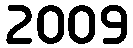
2009